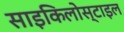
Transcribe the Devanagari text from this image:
साइकिलोस्टाइल